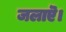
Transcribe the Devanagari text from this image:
जलाऎ।